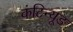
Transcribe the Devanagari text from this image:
कंटिन्यूड